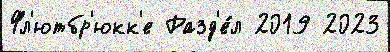
Фл'ютбр'юкк'е Разд'е́л 2019 2023